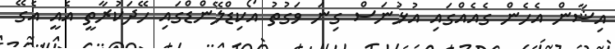
އިޝާން އެހެން ގެއެއްގައި އުޅުނަސް ގިނަ ވަގުތު އޯކިޑްލޭންޑްގައި ހޭދަކުރާތީ އެއީ އެގޭ